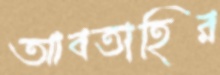
আবতাহির